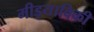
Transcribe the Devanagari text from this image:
मीड़याविकी